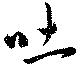
吐